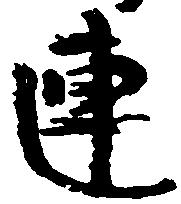
連